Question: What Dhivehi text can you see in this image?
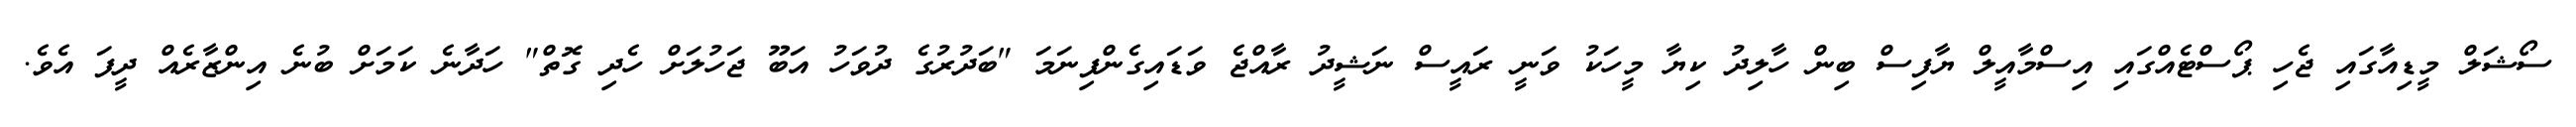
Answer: ސޯޝަލް މީޑިއާގައި ޖެހި ޕޯސްޓެއްގައި އިސްމާއީލް ޔާފިސް ބިން ހާލިދު ކިޔާ މީހަކު ވަނީ ރައީސް ނަޝީދު ރާއްޖެ ވަޑައިގެންފިނަމަ "ބަދުރުގެ ދުވަހު އަބޫ ޖަހުލަށް ހެދި ގޮތް" ހަދާނެ ކަމަށް ބުނެ އިންޒާރެއް ދީފަ އެވެ.